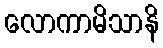
လောကာမိသာနိ